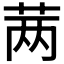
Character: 𬜯